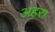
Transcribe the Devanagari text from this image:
अहरा